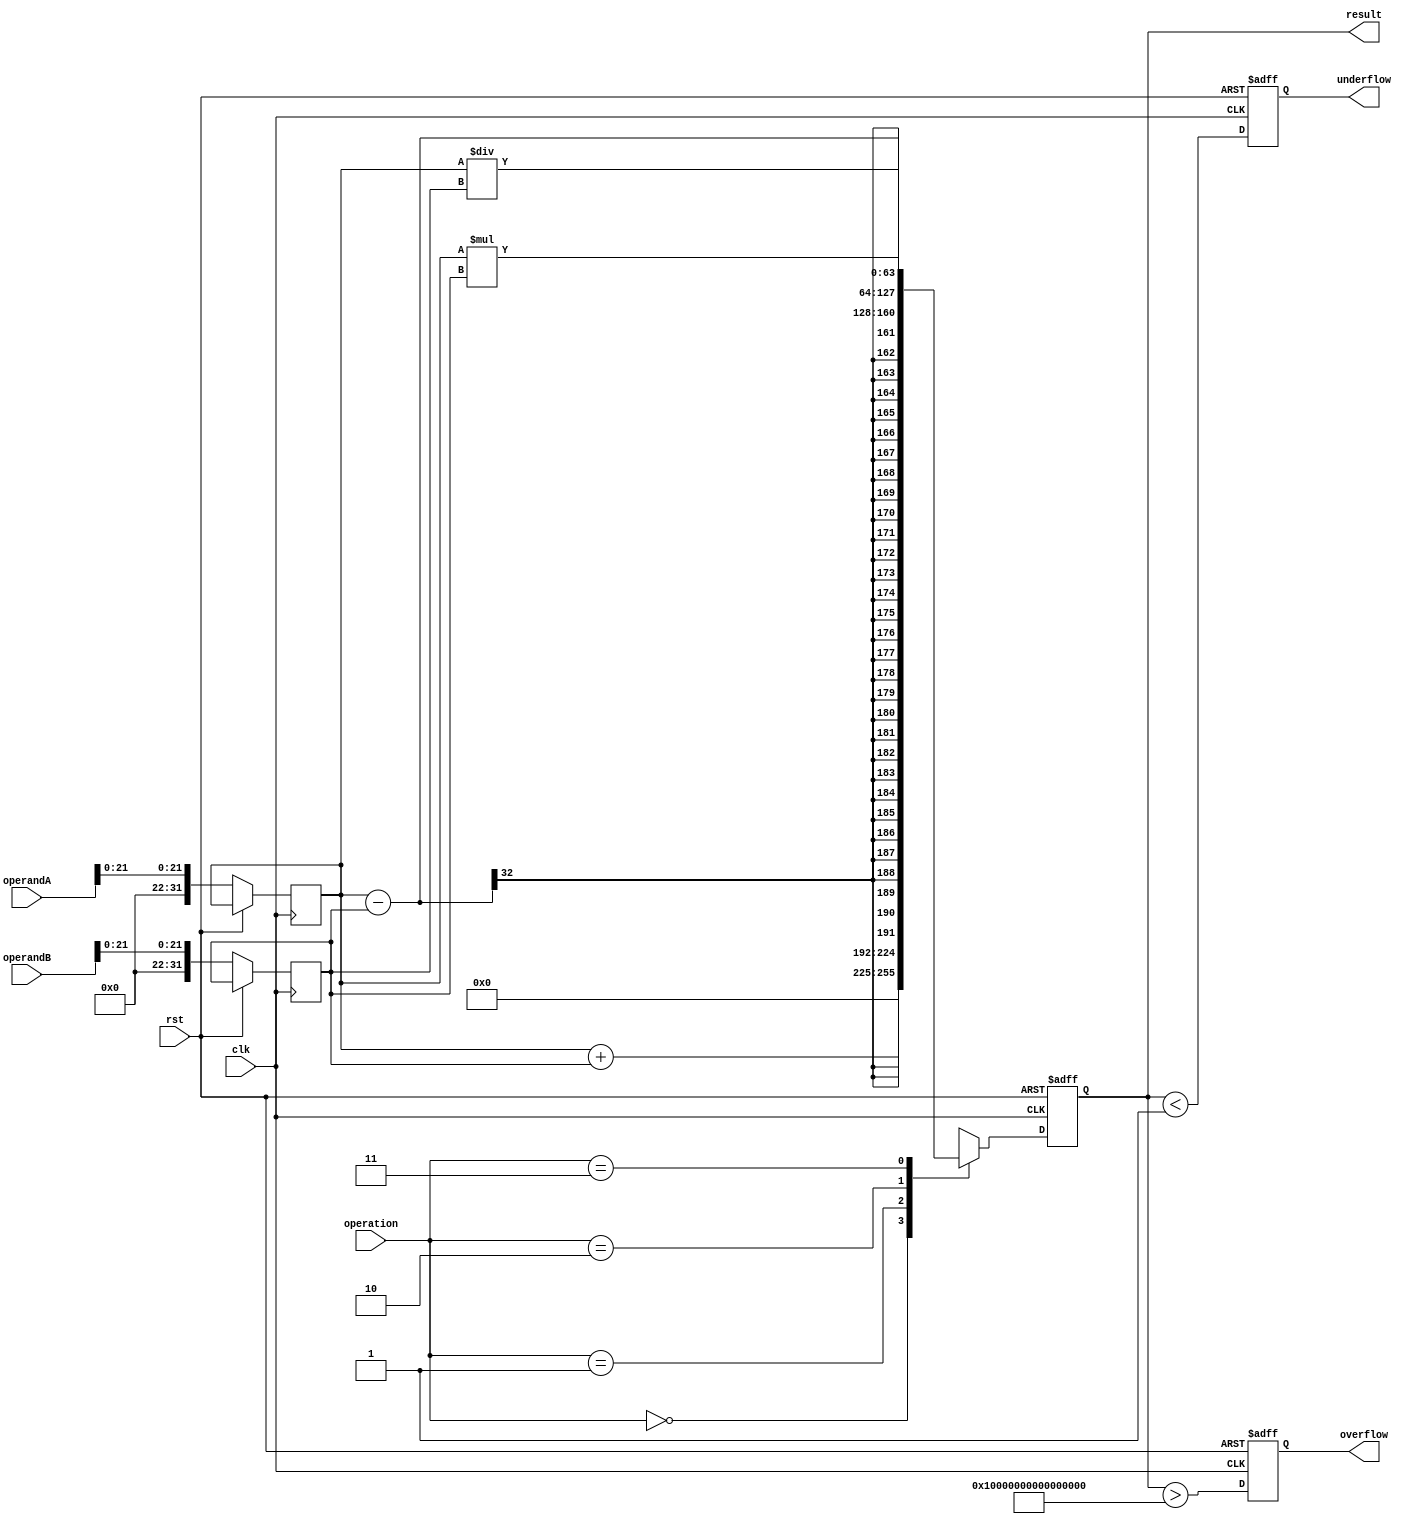
module floating_point_unit (
    input wire clk,
    input wire rst,
    input wire [31:0] operandA,
    input wire [31:0] operandB,
    input wire [1:0] operation,
    output reg [63:0] result,
    output reg overflow,
    output reg underflow
);

reg [31:0] exponentA, exponentB;
reg [31:0] mantissaA, mantissaB;
reg [1:0] operation_sel;

always @(posedge clk or posedge rst) begin
    if (rst) begin
        result <= 64'b0;
        overflow <= 1'b0;
        underflow <= 1'b0;
    end else begin
        exponentA <= operandA[31:22];
        exponentB <= operandB[31:22];
        mantissaA <= operandA[21:0];
        mantissaB <= operandB[21:0];
        
        case(operation)
            2'b00: 
                result <= mantissaA + mantissaB;
            2'b01: 
                result <= mantissaA - mantissaB;
            2'b10: 
                result <= mantissaA * mantissaB;
            2'b11: 
                result <= mantissaA / mantissaB;
        endcase
        
        // Rounding and normalization mechanism
        
        // Overflow and underflow detection logic
        overflow <= (result > 64'b1111111111111111111111111111111111111111111111111111111111111111);
        underflow <= (result < 64'b0000000000000000000000000000000000000000000000000000000000000001);
    end
end

endmodule